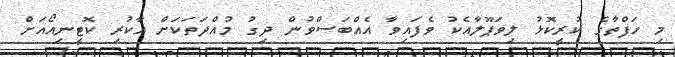
މި ހަފްތާގެ ކުރީކޮޅު ލިވަޕޫލާއެކު ވެފައިވާ އެއްބަސްވުން ދިގު މުއްދަތަކަށް އާކުރި ކޮޓީނިއޯއަށް